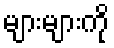
များများကို